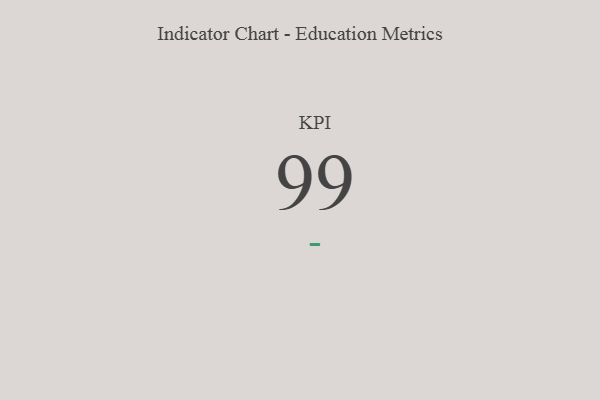
{"axis": {"x": "KPI", "y": "Value"}, "legend": [""], "data": [{"x": "KPI", "y": 99, "type": ""}]}